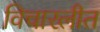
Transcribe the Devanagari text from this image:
विचारलीत